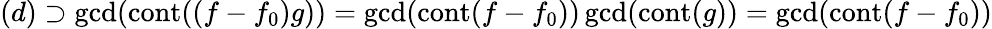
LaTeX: (d)\supset\gcd(\operatorname{cont}((f-f_{0})g))=\gcd(\operatorname{cont}(f-f_{0}))\gcd(\operatorname{cont}(g))=\gcd(\operatorname{cont}(f-f_{0}))